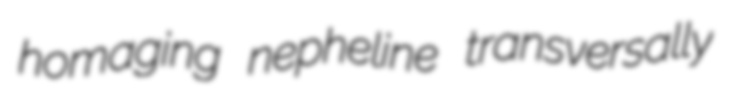
homaging nepheline transversally